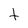
Character: t